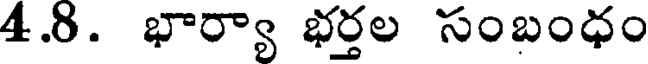
4.8. భార్యా భర్తల సంబంధం